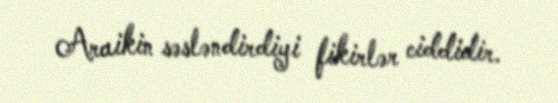
Araikin səsləndirdiyi fikirlər ciddidir.